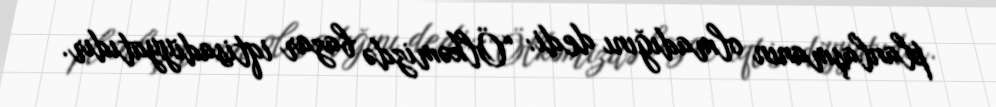
planlaşmanın olmadığını dedi: “Ölkəmizdə bazar iqtisadiyyatıdır.